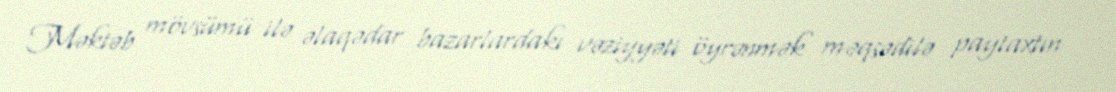
Məktəb mövsümü ilə əlaqədar bazarlardakı vəziyyəti öyrənmək məqsədilə paytaxtın